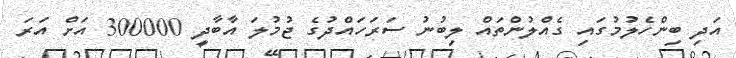
އަދި ބިންހެލުމުގައި ގެއްލުންތައް ލިބުނު ސަރަހައްދުގެ ޖުމުލަ އާބާދީ 300000 އަށް އަރަ